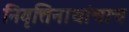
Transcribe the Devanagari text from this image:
निवृत्तिनाथांचाच